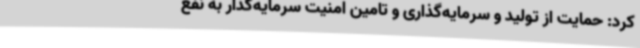
کرد: حمایت از تولید و سرمایه‌گذاری و تامین امنیت سرمایه‌گذار به نفع